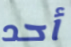
أحد